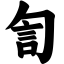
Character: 訇